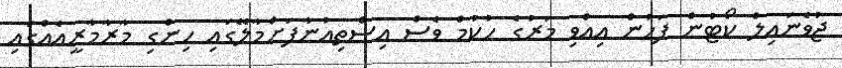
ޖުވެނައިލް ކޯޓުން ފަހުން އިއްވި މަރުގެ ހުކުމް ވެސް އިސްތިއުނާފަށްމާލޭގައި ހިންގި މާރާމާރީއެއްގައި